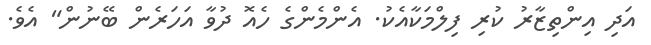
އަދި އިންތިޒާރު ކުރި ފިލްމަކާއެކު. އެންމެންގެ ހެއޮ ދުވާ އަހަރެން ބޭނުން" އެވެ.